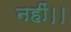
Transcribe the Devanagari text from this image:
नहीं।।